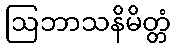
ဩဘာသနိမိတ္တံ